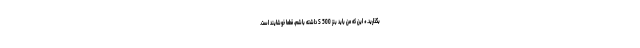
بگذارید.* این که من باید بنز S 500 داشته باشم، قطعاً خوشایند است.